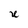
Character: U